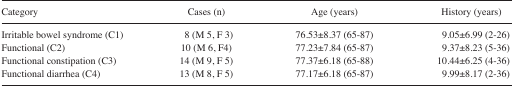
<table><thead><tr><td><b>Category</b></td><td><b>Cases (n)</b></td><td><b>Age (years)</b></td><td><b>History (years)</b></td></tr></thead><tbody><tr><td>Irritable bowel syndrome (C1)</td><td>8 (M 5, F 3)</td><td>76.53±8.37 (65–87)</td><td>9.05±6.99 (2–26)</td></tr><tr><td>Functional (C2)</td><td>10 (M 6, F4)</td><td>77.23±7.84 (65–87)</td><td>9.37±8.23 (5–36)</td></tr><tr><td>Functional constipation (C3)</td><td>14 (M 9, F 5)</td><td>77.37±6.18 (65–88)</td><td>10.44±6.25 (4–36)</td></tr><tr><td>Functional diarrhea (C4)</td><td>13 (M 8, F 5)</td><td>77.17±6.18 (65–87)</td><td>9.99±8.17 (2–36)</td></tr></tbody></table>